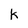
Character: k